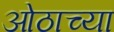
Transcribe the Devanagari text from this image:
ओठाच्या